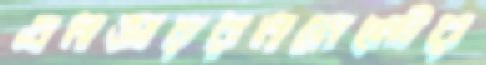
এনভায়রনমেন্টের